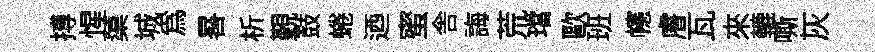
搏惺蕖城為晷析覲鼓蜷迺蜜舎誨荒璫歐班幰𥈠瓦來轆嘶灰